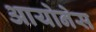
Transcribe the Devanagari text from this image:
आयोनेस